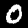
Label: 0